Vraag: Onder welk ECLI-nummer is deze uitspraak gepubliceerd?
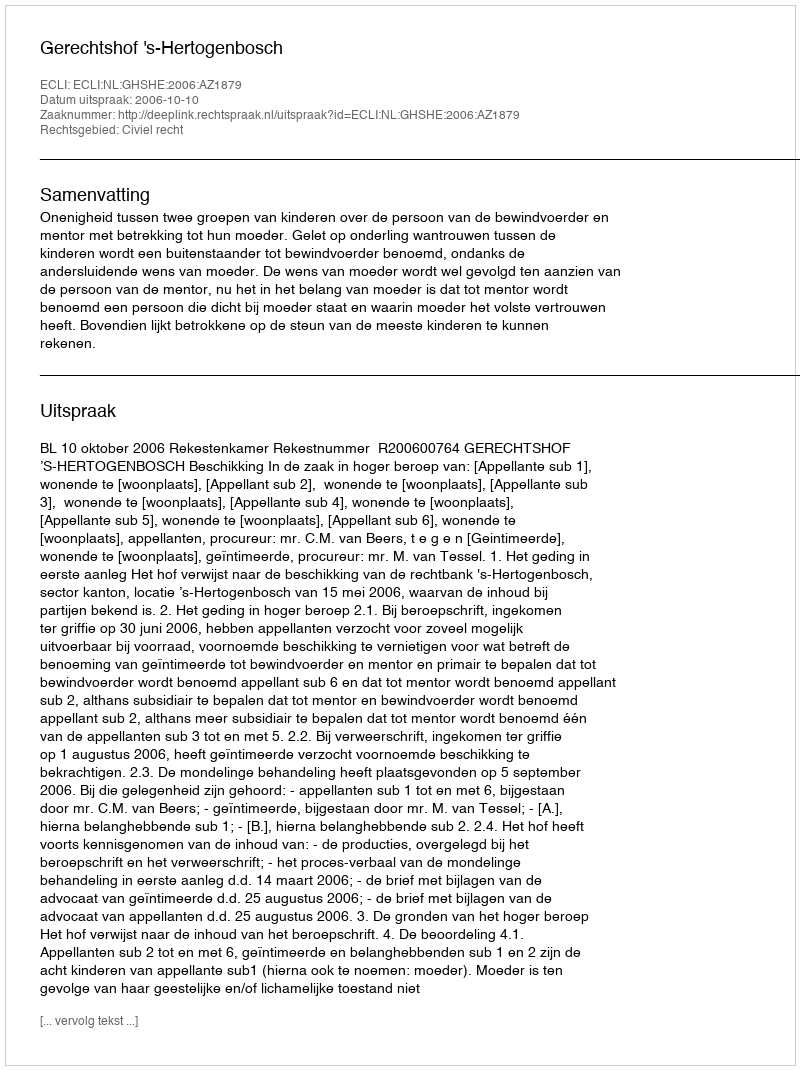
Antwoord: ECLI:NL:GHSHE:2006:AZ1879